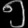
Digit: ၅